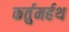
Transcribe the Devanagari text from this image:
कर्तुमर्हथ